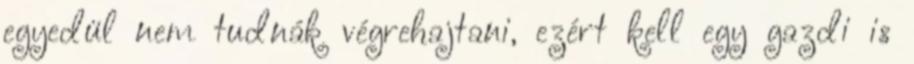
egyedül nem tudnák végrehajtani, ezért kell egy gazdi is